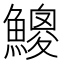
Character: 𩻐